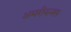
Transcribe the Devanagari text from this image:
अमरीकनस